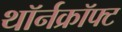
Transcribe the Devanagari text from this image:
थॉर्नक्रॉफ्ट